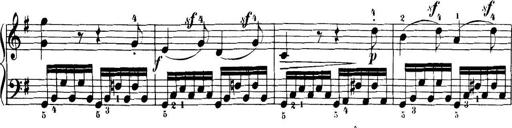
Title: 32 Sonatinas and Rondos for the Piano
Composer: Richard Kleinmichel